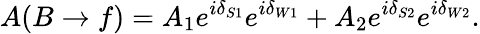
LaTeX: A(B\to f)=A_{1}e^{i\delta_{S1}}e^{i\delta_{W1}}+A_{2}e^{i\delta_{S2}}e^{i\delta_{W2}}.